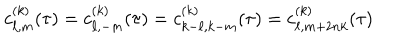
LaTeX: c _ { \ell , m } ^ { ( k ) } ( \tau ) = c _ { \ell , - m } ^ { ( k ) } ( \tau ) = c _ { k - \ell , k - m } ^ { ( k ) } ( \tau ) = c _ { \ell , m + 2 n k } ^ { ( k ) } ( \tau )